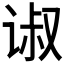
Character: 𰵴